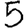
Digit: 5